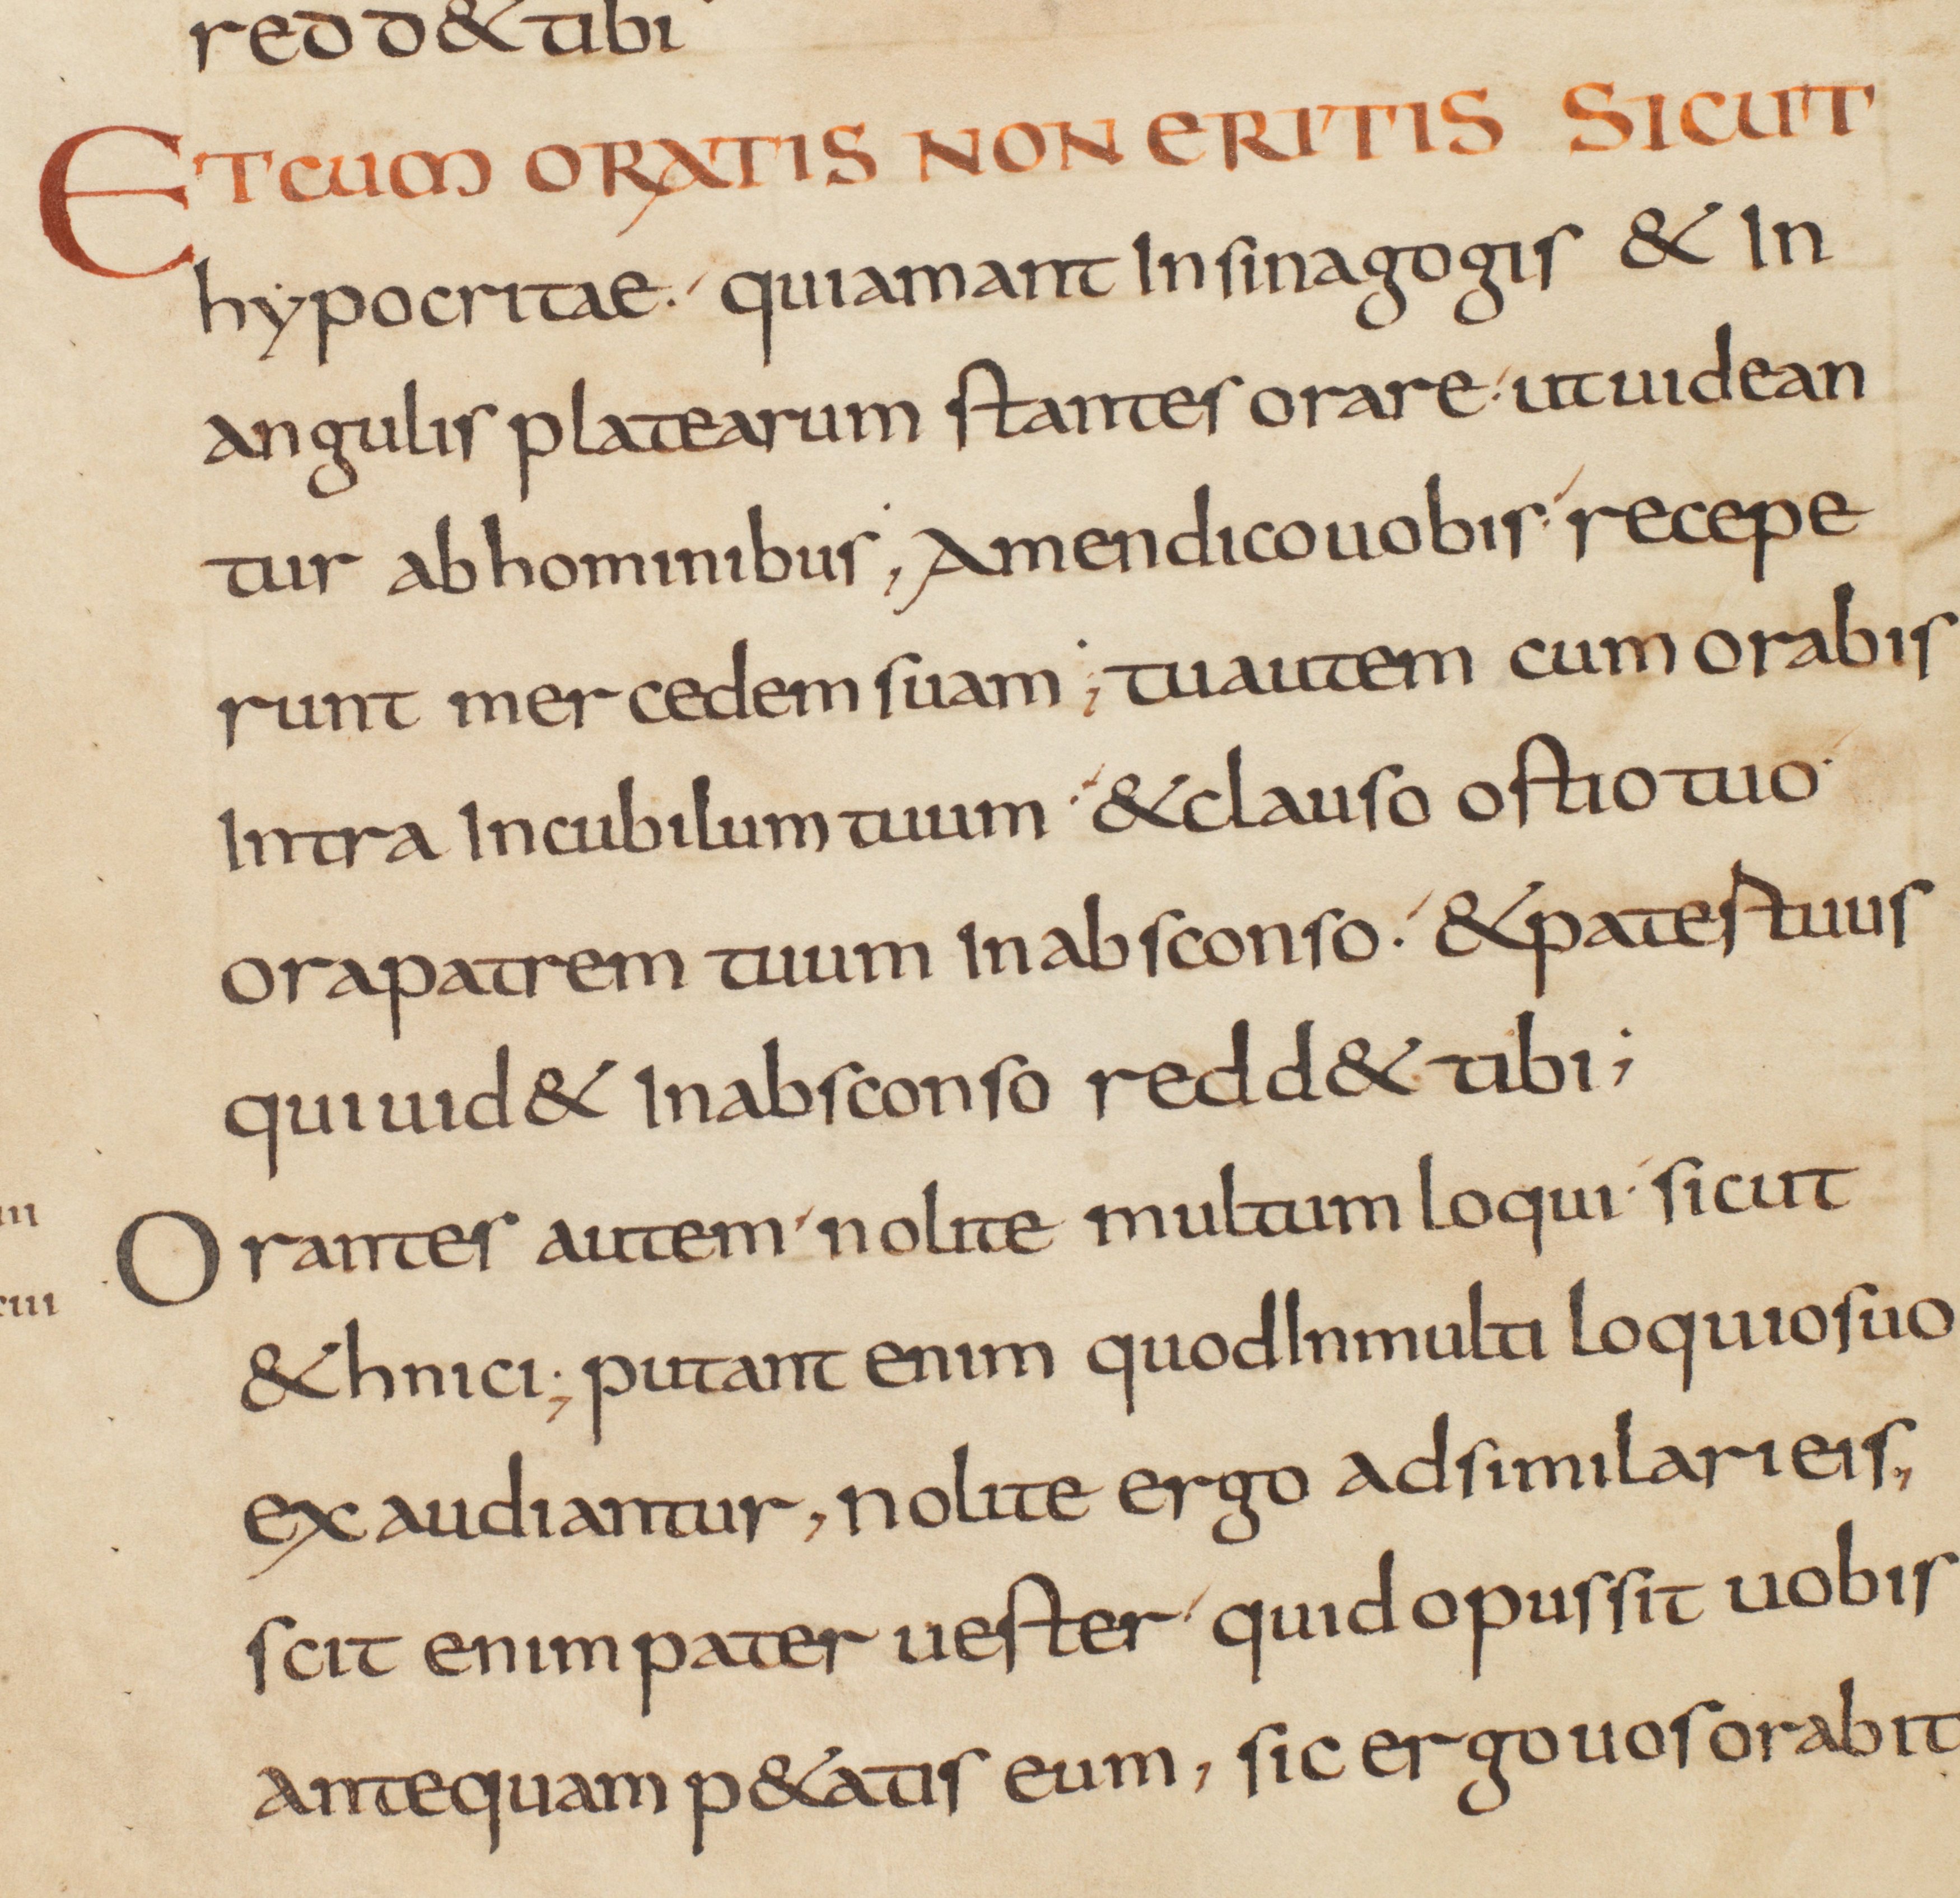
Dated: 825–849